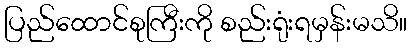
ပြည်ထောင်စုကြီးကို စည်းရုံးရမှန်းမသိ။